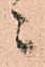
ニ